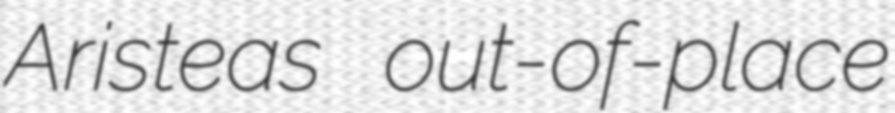
Aristeas out-of-place